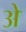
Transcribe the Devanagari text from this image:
अे